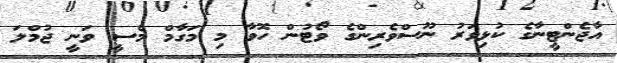
އާޖެންޓީނާގެ ކުޅިވަރު ނޫސްވެރިންގެ ވޯޓުން ހޮވާ މި މަގާމް މެސީ ވަނީ ޖުމްލަ